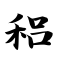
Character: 稆